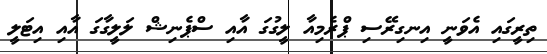
ތިރީގައި އެވަނީ އިނގިރޭސި ޕްރެމިއާ ލީގުގަ އާއި ސްޕެނިޝް ލަލީގާގަ އާއި އިޓަލީ